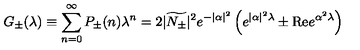
G _ { \pm } ( \lambda ) \equiv \sum _ { n = 0 } ^ { \infty } P _ { \pm } ( n ) \lambda ^ { n } = 2 | \widetilde { N _ { \pm } } | ^ { 2 } e ^ { - | \alpha | ^ { 2 } } \left( e ^ { | \alpha | ^ { 2 } \lambda } \pm \mathrm { R e } e ^ { \alpha ^ { 2 } \lambda } \right)